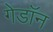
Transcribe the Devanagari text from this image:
गेडाॅन